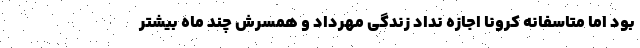
بود اما متاسفانه کرونا اجازه نداد زندگی مهرداد و همسرش چند ماه بیشتر